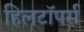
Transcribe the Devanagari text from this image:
हिलटॉपर्स